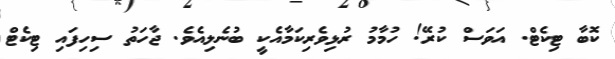
ކޮބާ ޓިކެޓް. އަވަސް ކުރޭ! ހުމާމު ރުޅިވެރިކަމާއެކީ ބުނެލިއެވެ. ޖާހަތު ސިހިފައި ޓިކެޓް